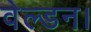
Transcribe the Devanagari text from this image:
वेल्डन।